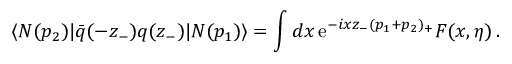
\langle N ( p _ { 2 } ) | \bar { q } ( - z _ { - } ) q ( z _ { - } ) | N ( p _ { 1 } ) \rangle = \int d x \, \mathrm { e } ^ { - i x z _ { - } ( p _ { 1 } + p _ { 2 } ) _ { + } } F ( x , \eta ) \, .